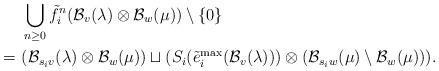
LaTeX: \begin{align*}& \ \bigcup_{n \geq 0} \tilde{f}_{i}^{n} (\mathcal{B}_{v}(\lambda) \otimes \mathcal{B}_{w}(\mu)) \setminus \{ 0 \} \\ = & \ (\mathcal{B}_{s_i v}(\lambda) \otimes \mathcal{B}_{w}(\mu)) \sqcup (S_{i} (\tilde{e}_i^{\max}(\mathcal{B}_v(\lambda))) \otimes (\mathcal{B}_{s_i w}(\mu) \setminus \mathcal{B}_{w}(\mu))).\end{align*}